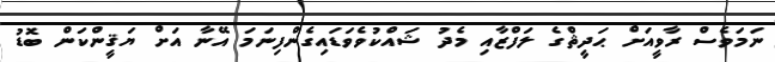
ނަމަވެސް ރާވީއަށް ޙަަދީޘްގެ ލަފްޒާއި މެދު ޝައްކުވެވަޑައިގެންފިނަމަ އޭނާ އަށް ޔަޤީންކަން ބޮޑު